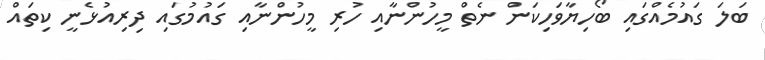
ބަލަ ގައުމެއްގައި ބޯހިޔާވަހިކަން ނެތް މީހުންނާއި ހުރި މީހުންނާއި ގައުމުގައި ދިރިއުޅެނީ ކިތައް